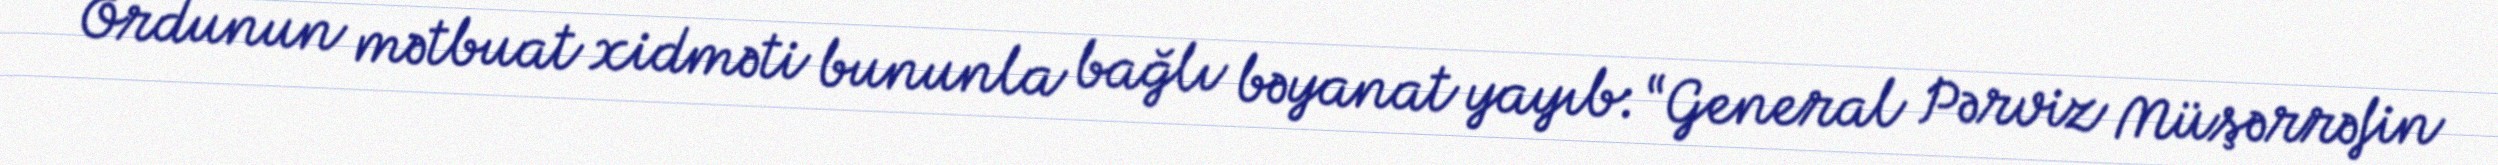
Ordunun mətbuat xidməti bununla bağlı bəyanat yayıb: “General Pərviz Müşərrəfin